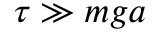
\tau \gg m g a